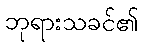
ဘုရားသခင်၏